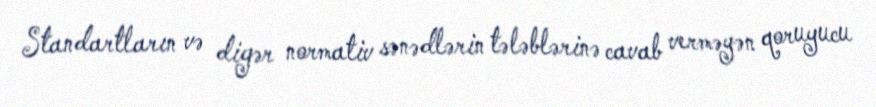
Standartların və digər normativ sənədlərin tələblərinə cavab verməyən qoruyucu